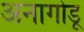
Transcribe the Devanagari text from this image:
अनागोडू